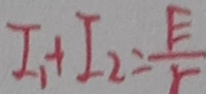
I _ { 1 } + I _ { 2 } = \frac { E } { r }